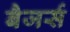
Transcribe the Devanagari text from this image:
बैजर्स